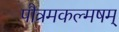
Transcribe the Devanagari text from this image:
पौत्रमकल्मषम्